Calcutta medical institutions reports 1879-81 [i.e.91]
Year: 1879
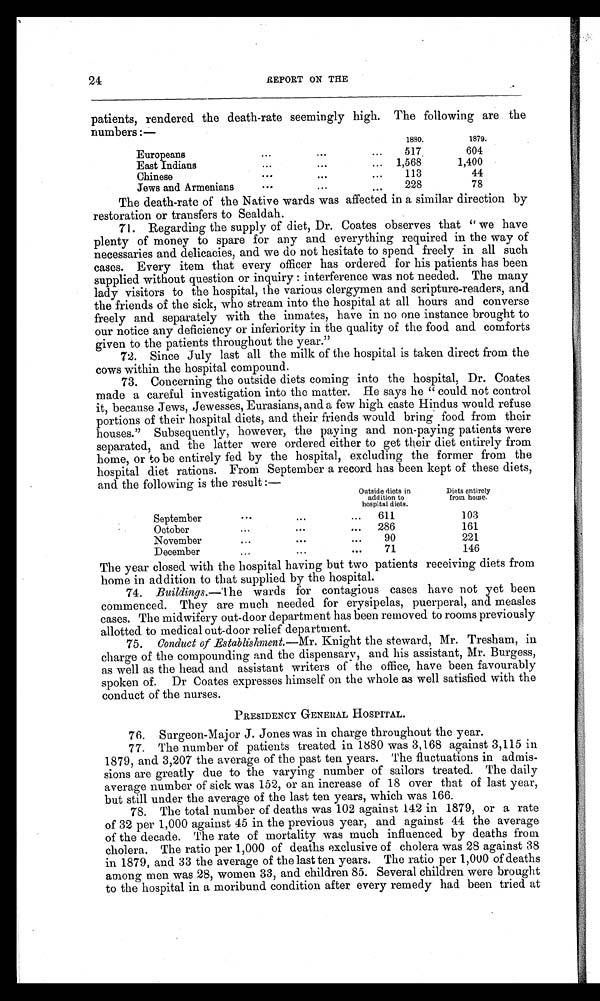
24
REPORT ON THE
patients, rendered the death-rate seemingly high. The following are the
numbers :—
1880.
1879.
Europeans
517
604
East Indians
1,568
1,400
Chinese
113
44
Jews and Armenians
228
78
The death-rate of the Native wards was affected in a similar direction by
restoration or transfers to Sealdah.
71. Regarding the supply of diet, Dr. Coates observes that " we have
plenty of money to spare for any and everything required in the way of
necessaries and delicacies, and we do not hesitate to spend freely in all such
cases. Every item that every officer has ordered for his patients has been
supplied without question or inquiry: interference was not needed. The many
lady visitors to the hospital, the various clergymen and scripture-readers, and
the friends of the sick, who stream into the hospital at all hours and converse
freely and separately with the inmates, have in no one instance brought to
our notice any deficiency or inferiority in the quality of the food and comforts
given to the patients throughout the year."
72. Since July last all the milk of the hospital is taken direct from the
cows within the hospital compound.
73. Concerning the outside diets coming into the hospital, Dr. Coates
made a careful investigation into the matter. He says he " could not control
it, because Jews, Jewesses, Eurasians, and a few high caste Hindus would refuse
portions of their hospital diets, and their friends would bring food from their
houses." Subsequently, however, the paying and non-paying patients were
separated, and the latter were ordered either to get their diet entirely from
home, or to be entirely fed by the hospital, excluding the former from the
hospital diet rations. From September a record has been kept of these diets,
and the following is the result :—
Outside diets in
addition to
hospital diets.
Diets entirely
from home.
September
611
103
October
286
161
November
90
221
December
71
146
The year closed with the hospital having but two patients receiving diets from
home in addition to that supplied by the hospital.
74.
Buildings.— The wards for contagious cases have not yet been
commenced. They are much needed for erysipelas, puerperal, and measles
cases. The midwifery out-door department has been removed to rooms previously
allotted to medical out-door relief department.
75.
Conduct of Establishment.— Mr . Knight the steward, Mr. Tresham, in
charge of the compounding and the dispensary, and his assistant, Mr. Burgess,
as well as the head and assistant writers of the office, have been favourably
spoken of. Dr Coates expresses himself on the whole as well satisfied with the
conduct of the nurses.
PRESIDENCY GENERAL HOSPITAL.
76. Surgeon-Major J. Jones was in charge throughout the year.
77. The number of patients treated in 1880 was 3,168 against 3,115 in
1879, and 3,207 the average of the past ten years. The fluctuations in admis-
sions are greatly due to the varying number of sailors treated. The daily
average number of sick was 152, or an increase of 18 over that of last year,
but still under the average of the last ten years, which was 166.
78. The total number of deaths was 102 against 142 in 1879, or a rate
of 32 per 1,000 against 45 in the previous year, and against 44 the average
of the decade. The rate of mortality was much influenced by deaths from
cholera. The ratio per 1,000 of deaths exclusive of cholera was 28 against 38
in 1879, and 33 the average of the last ten years. The ratio per 1,000 of deaths
among men was 28, women 33, and children 85. Several children were brought
to the hospital in a moribund condition after every remedy had been tried at